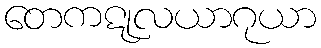
တေကဋုလယာဂုယာ